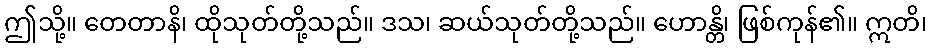
ဤသို့။ တေတာနိ၊ ထိုသုတ်တို့သည်။ ဒသ၊ ဆယ်သုတ်တို့သည်။ ဟောန္တိ၊ ဖြစ်ကုန်၏။ ဣတိ၊